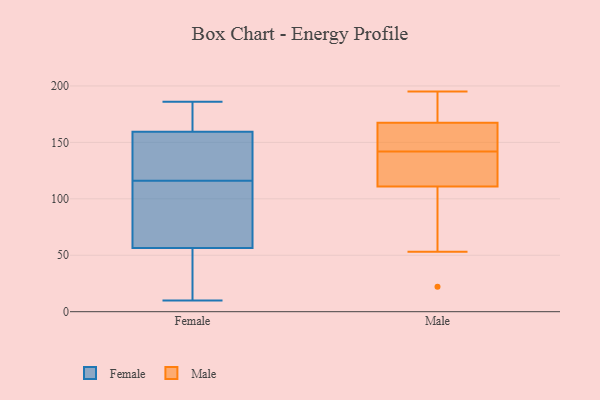
{"axis": {"x": "Latency (ms)", "y": "Value"}, "legend": ["Female", "Male"], "data": [{"x": "", "y": 10, "type": "Female"}, {"x": "", "y": 115, "type": "Female"}, {"x": "", "y": 181, "type": "Female"}, {"x": "", "y": 162, "type": "Female"}, {"x": "", "y": 138, "type": "Female"}, {"x": "", "y": 103, "type": "Female"}, {"x": "", "y": 157, "type": "Female"}, {"x": "", "y": 61, "type": "Female"}, {"x": "", "y": 186, "type": "Female"}, {"x": "", "y": 117, "type": "Female"}, {"x": "", "y": 34, "type": "Female"}, {"x": "", "y": 52, "type": "Female"}, {"x": "", "y": 149, "type": "Male"}, {"x": "", "y": 177, "type": "Male"}, {"x": "", "y": 136, "type": "Male"}, {"x": "", "y": 127, "type": "Male"}, {"x": "", "y": 142, "type": "Male"}, {"x": "", "y": 142, "type": "Male"}, {"x": "", "y": 22, "type": "Male"}, {"x": "", "y": 194, "type": "Male"}, {"x": "", "y": 55, "type": "Male"}, {"x": "", "y": 53, "type": "Male"}, {"x": "", "y": 114, "type": "Male"}, {"x": "", "y": 195, "type": "Male"}, {"x": "", "y": 108, "type": "Male"}, {"x": "", "y": 158, "type": "Male"}, {"x": "", "y": 189, "type": "Male"}, {"x": "", "y": 156, "type": "Male"}]}